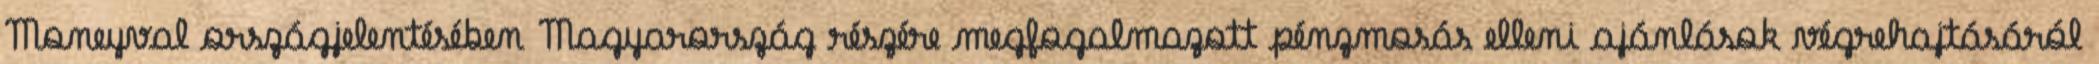
Moneyval országjelentésében Magyarország részére megfogalmazott pénzmosás elleni ajánlások végrehajtásáról